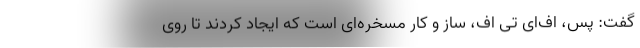
گفت: پس، اف‌ای تی اف، ساز و کار مسخره‌ای است که ایجاد کردند تا روی